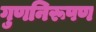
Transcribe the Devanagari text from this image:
गुणनिरूपण